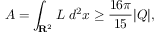
A = \int _ { { \bf R } ^ { 2 } } { \cal L } \; d ^ { 2 } x \geq \frac { 1 6 \pi } { 1 5 } | Q | , \; \; \; \; \; \; \; \; \; \;